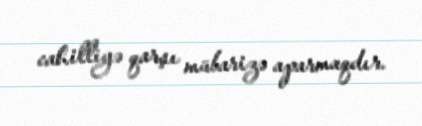
cahilliyə qarşı mübarizə aparmaqdır.